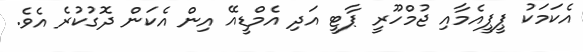
އެކަމަކު ޕީޕީއެމާއި ޖުމްހޫރީ ޕާޓީ އަދި އެމްޑީއޭ އިން އެކަން ދޮގުކުރެ އެވެ.